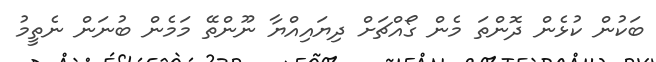
ބަކުން ކުޅެން ދޮންތަ މެން ގޯއްޗަށް ދިޔައިއްޔާ ނޫންތޭ މަމެން ބުނަން ނެތީމު